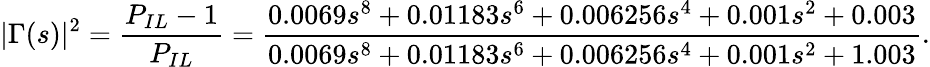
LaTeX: |\Gamma(s)|^{2}=\frac{P_{IL}-1}{P_{IL}}=\frac{0.0069s^{8}+0.01183s^{6}+0.006256s^{4}+0.001s^{2}+0.003}{0.0069s^{8}+0.01183s^{6}+0.006256s^{4}+0.001s^{2}+1.003}.